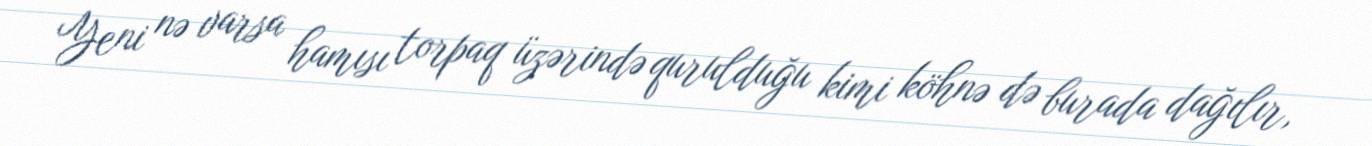
Yeni nə varsa hamısı torpaq üzərində qurulduğu kimi köhnə də burada dağılır,